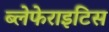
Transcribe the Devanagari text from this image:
ब्लेफेराइटिस